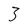
Character: 3